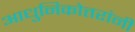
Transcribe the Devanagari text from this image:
आधुनिकोत्तरांनी